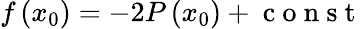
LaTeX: f\left(x_{0}\right)=-2P\left(x_{0}\right)+\mathrm{~c~o~n~s~t~}